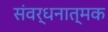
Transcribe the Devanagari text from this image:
संवर्धनात्‍मक